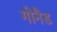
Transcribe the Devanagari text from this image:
गोनैड